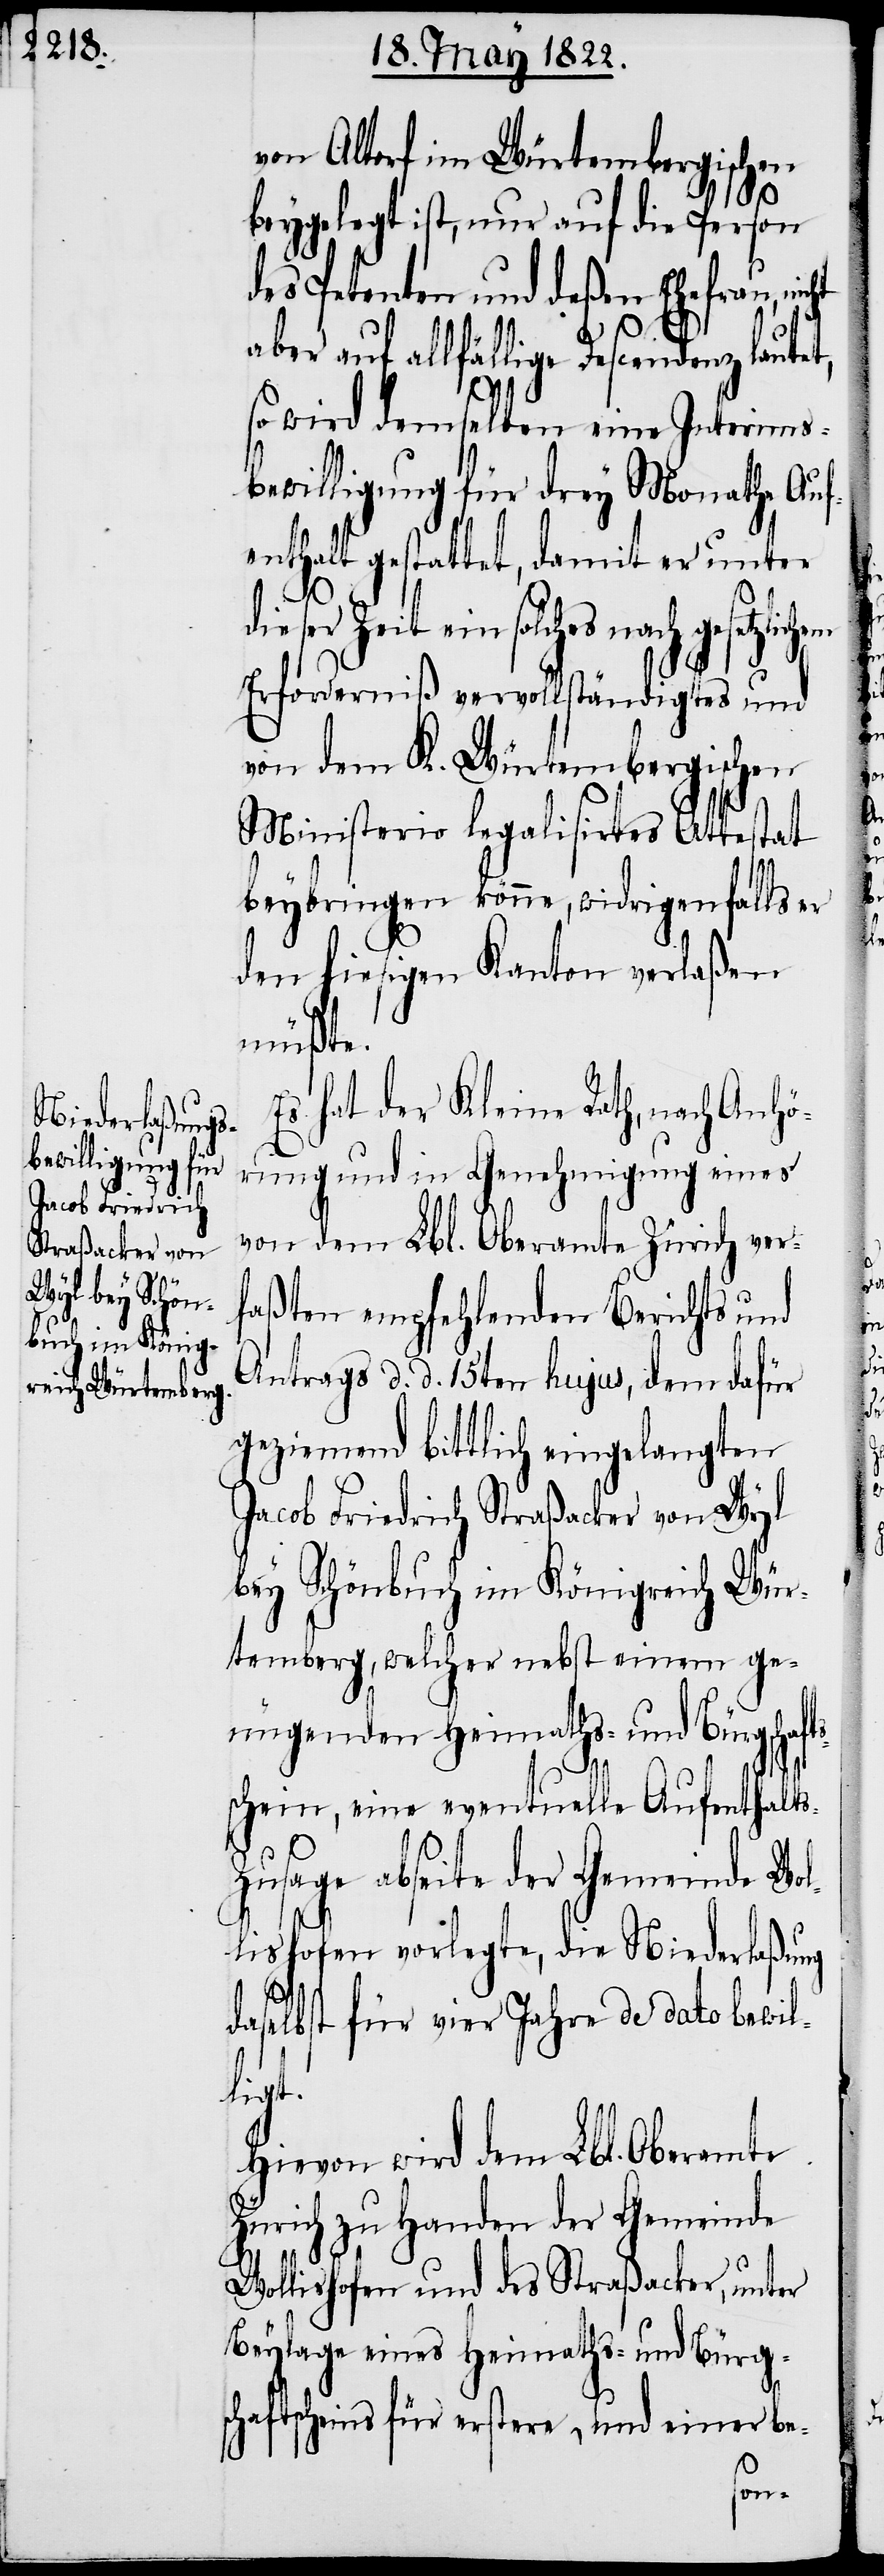
von Altorf im Würtembergischen
beygelegt ist, nur auf die Person
des Petenten und deßen Ehefrau, nic¬
aber auf allfällige Descendenz laute¬
so wird demselben eine Interims¬
bewilligung für drey Monathe Auf¬
enthalt gestattet, damit er unter
dieser Zeit ein solches
Erforderniß vervollständigtes und
von dem K. Würtembergischen
Ministerio legalisiertes Attestat
beybringen könne, widrigenfalls er
den hiesigen Kanton verlaßen
müßte.
Es hat der Kleine Rath, nach Anhö¬
rung und in Genehmigung eines
von dem Lbl. Oberamte Zürich ver¬
faßten empfehlenden Berichts und
Antrags d. d. 15ten hujus, dem dafür
geziemend bittlich eingelangten
Jacob Friedrich Straßacker von Wyl
bey Schönbuch im Königreich Wür¬
temberg, welcher nebst einem ge¬
nügenden Heimaths- und Bürgsch¬
schein, eine eventuelle Aufenthalt¬
usage abseite der Gemeinde Wo¬
lishofen vorlegte, die Niederlaßung
dasel¬
bst für vier Jahre de dato bewil¬
ligt.
Hievon wird dem Lbl. Oberamte
Zürich zu Handen der Gemeinde
l¬
afts¬
Wollishofen und des Straßacker, unter
Beylage eines Heimaths- und Bürgsc¬
haftsscheins für erstere, und einer be-